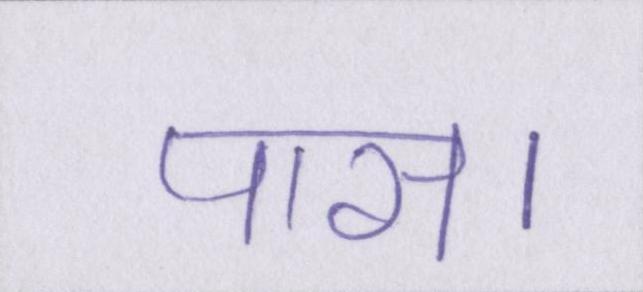
पास।